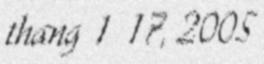
thang 1 17, 2005